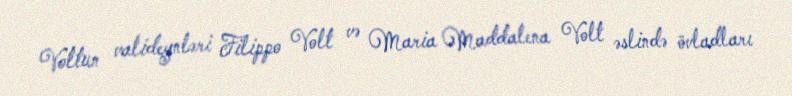
Voltun valideynləri Filippo Volt və Maria Maddalena Volt əslində övladları